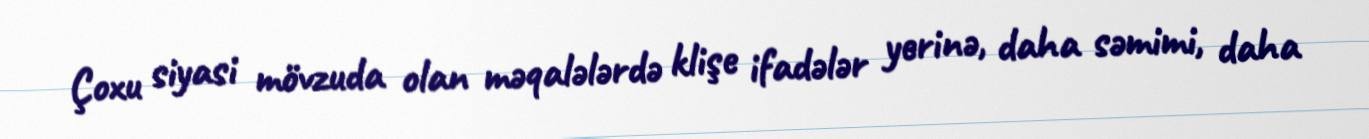
Çoxu siyasi mövzuda olan məqalələrdə klişe ifadələr yerinə, daha səmimi, daha